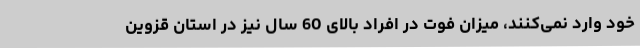
خود وارد نمی‌کنند، میزان فوت در افراد بالای 60 سال نیز در استان قزوین